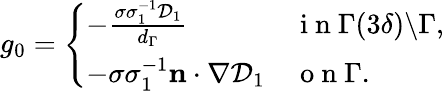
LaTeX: \begin{array}{r}{g_{0}=\left\{ \begin{array}{ll}{-\frac{\sigma\sigma_{1}^{-1}\mathcal{D}_{1}}{d_{\Gamma}}}&{\mathrm{~i~n~}\Gamma(3\delta)\backslash\Gamma,}\\ {-\sigma\sigma_{1}^{-1}\mathbf{n}\cdot\nabla\mathcal{D}_{1}}&{\mathrm{~o~n~}\Gamma.}\end{array}\right.}\end{array}